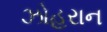
ઝોહરાન